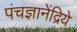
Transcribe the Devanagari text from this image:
पंचज्ञानेंद्रिये